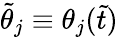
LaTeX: \tilde{\theta}_{j}\equiv\theta_{j}(\tilde{t})